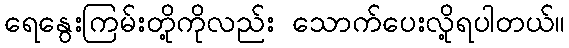
ရေနွေးကြမ်းတို့ကိုလည်း သောက်ပေးလို့ရပါတယ်။